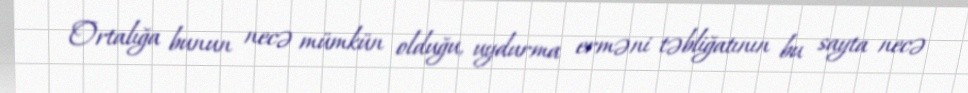
Ortalığa bunun necə mümkün olduğu, uydurma erməni təbliğatının bu sayta necə